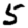
Digit: 5